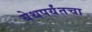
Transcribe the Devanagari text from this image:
येथपर्यंतचा